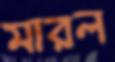
মারল